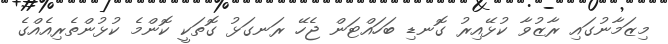
މިޒަމާނުގައި ރާޒުވާ ކުޅޭއިރު ގޮނޑި ބަހައްޓަން ޖެހޭ ރަނގަޅު ގޮތަކީ ކޮންމެ ކުޅުންތެރިއެއްގެ